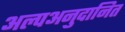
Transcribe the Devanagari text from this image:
अल्पअनुदानित